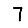
Digit: 7